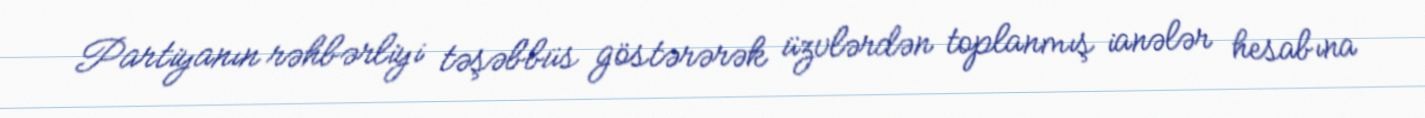
Partiyanın rəhbərliyi təşəbbüs göstərərək üzvlərdən toplanmış ianələr hesabına